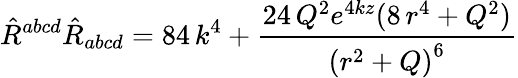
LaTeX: {\hat{R}}^{abcd}{\hat{R}}_{abcd}=84\, k^{4}+\frac{24\, Q^{2}e^{4kz}(8\, r^{4}+Q^{2})}{{(r^{2}+Q)}^{6}}